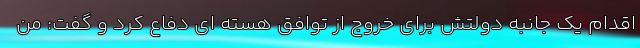
اقدام یک جانبه دولتش برای خروج از توافق هسته ای دفاع کرد و گفت: من